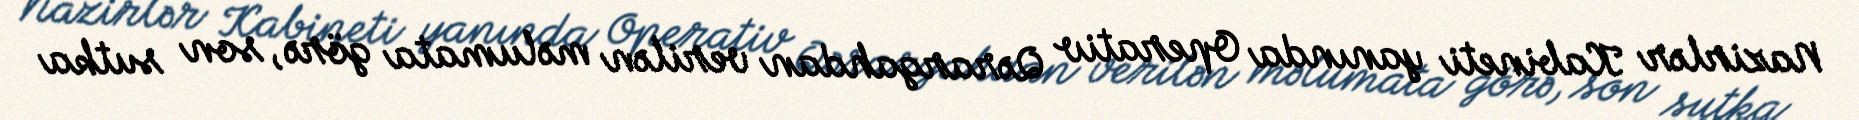
Nazirlər Kabineti yanında Operativ Qərargahdan verilən məlumata görə, son sutka